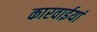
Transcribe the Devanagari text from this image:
कारवाईयां